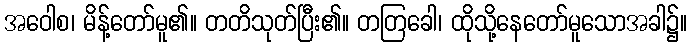
အဝေါစ၊ မိန့်တော်မူ၏။ တတိသုတ်ပြီး၏။ တတြခေါ၊ ထိုသို့နေတော်မူသောအခါ၌။